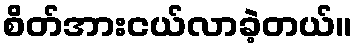
စိတ်အားငယ်လာခဲ့တယ်။